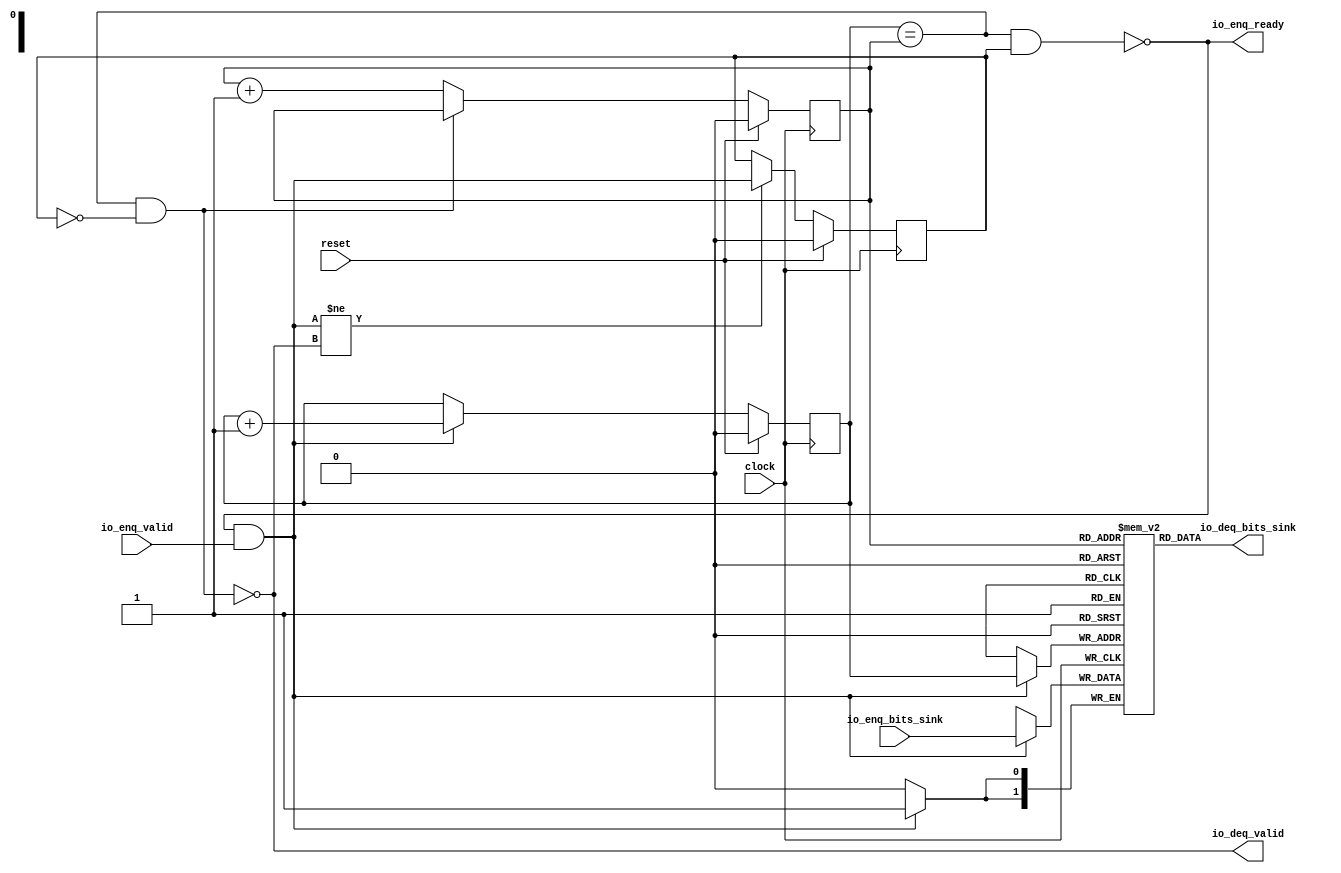
module Queue_37( // @[:freechips.rocketchip.system.DefaultRV32Config.fir@210307.2]
  input        clock, // @[:freechips.rocketchip.system.DefaultRV32Config.fir@210308.4]
  input        reset, // @[:freechips.rocketchip.system.DefaultRV32Config.fir@210309.4]
  output       io_enq_ready, // @[:freechips.rocketchip.system.DefaultRV32Config.fir@210310.4]
  input        io_enq_valid, // @[:freechips.rocketchip.system.DefaultRV32Config.fir@210310.4]
  input  [1:0] io_enq_bits_sink, // @[:freechips.rocketchip.system.DefaultRV32Config.fir@210310.4]
  output       io_deq_valid, // @[:freechips.rocketchip.system.DefaultRV32Config.fir@210310.4]
  output [1:0] io_deq_bits_sink // @[:freechips.rocketchip.system.DefaultRV32Config.fir@210310.4]
);
`ifdef RANDOMIZE_MEM_INIT
  reg [31:0] _RAND_0;
`endif // RANDOMIZE_MEM_INIT
`ifdef RANDOMIZE_REG_INIT
  reg [31:0] _RAND_1;
  reg [31:0] _RAND_2;
  reg [31:0] _RAND_3;
`endif // RANDOMIZE_REG_INIT
  reg [1:0] ram_sink [0:1]; // @[Decoupled.scala 209:16:freechips.rocketchip.system.DefaultRV32Config.fir@210312.4]
  wire [1:0] ram_sink__T_15_data; // @[Decoupled.scala 209:16:freechips.rocketchip.system.DefaultRV32Config.fir@210312.4]
  wire  ram_sink__T_15_addr; // @[Decoupled.scala 209:16:freechips.rocketchip.system.DefaultRV32Config.fir@210312.4]
  wire [1:0] ram_sink__T_5_data; // @[Decoupled.scala 209:16:freechips.rocketchip.system.DefaultRV32Config.fir@210312.4]
  wire  ram_sink__T_5_addr; // @[Decoupled.scala 209:16:freechips.rocketchip.system.DefaultRV32Config.fir@210312.4]
  wire  ram_sink__T_5_mask; // @[Decoupled.scala 209:16:freechips.rocketchip.system.DefaultRV32Config.fir@210312.4]
  wire  ram_sink__T_5_en; // @[Decoupled.scala 209:16:freechips.rocketchip.system.DefaultRV32Config.fir@210312.4]
  reg  _T; // @[Counter.scala 29:33:freechips.rocketchip.system.DefaultRV32Config.fir@210313.4]
  reg  _T_1; // @[Counter.scala 29:33:freechips.rocketchip.system.DefaultRV32Config.fir@210314.4]
  reg  maybe_full; // @[Decoupled.scala 212:27:freechips.rocketchip.system.DefaultRV32Config.fir@210315.4]
  wire  ptr_match; // @[Decoupled.scala 214:33:freechips.rocketchip.system.DefaultRV32Config.fir@210316.4]
  wire  _T_2; // @[Decoupled.scala 215:28:freechips.rocketchip.system.DefaultRV32Config.fir@210317.4]
  wire  empty; // @[Decoupled.scala 215:25:freechips.rocketchip.system.DefaultRV32Config.fir@210318.4]
  wire  full; // @[Decoupled.scala 216:24:freechips.rocketchip.system.DefaultRV32Config.fir@210319.4]
  wire  do_enq; // @[Decoupled.scala 40:37:freechips.rocketchip.system.DefaultRV32Config.fir@210320.4]
  wire  _T_8; // @[Counter.scala 39:22:freechips.rocketchip.system.DefaultRV32Config.fir@210331.6]
  wire  _T_11; // @[Counter.scala 39:22:freechips.rocketchip.system.DefaultRV32Config.fir@210337.6]
  wire  _T_12; // @[Decoupled.scala 227:16:freechips.rocketchip.system.DefaultRV32Config.fir@210340.4]
  assign ram_sink__T_15_addr = _T_1;
  assign ram_sink__T_15_data = ram_sink[ram_sink__T_15_addr]; // @[Decoupled.scala 209:16:freechips.rocketchip.system.DefaultRV32Config.fir@210312.4]
  assign ram_sink__T_5_data = io_enq_bits_sink;
  assign ram_sink__T_5_addr = _T;
  assign ram_sink__T_5_mask = 1'h1;
  assign ram_sink__T_5_en = io_enq_ready & io_enq_valid;
  assign ptr_match = _T == _T_1; // @[Decoupled.scala 214:33:freechips.rocketchip.system.DefaultRV32Config.fir@210316.4]
  assign _T_2 = ~maybe_full; // @[Decoupled.scala 215:28:freechips.rocketchip.system.DefaultRV32Config.fir@210317.4]
  assign empty = ptr_match & _T_2; // @[Decoupled.scala 215:25:freechips.rocketchip.system.DefaultRV32Config.fir@210318.4]
  assign full = ptr_match & maybe_full; // @[Decoupled.scala 216:24:freechips.rocketchip.system.DefaultRV32Config.fir@210319.4]
  assign do_enq = io_enq_ready & io_enq_valid; // @[Decoupled.scala 40:37:freechips.rocketchip.system.DefaultRV32Config.fir@210320.4]
  assign _T_8 = _T + 1'h1; // @[Counter.scala 39:22:freechips.rocketchip.system.DefaultRV32Config.fir@210331.6]
  assign _T_11 = _T_1 + 1'h1; // @[Counter.scala 39:22:freechips.rocketchip.system.DefaultRV32Config.fir@210337.6]
  assign _T_12 = do_enq != io_deq_valid; // @[Decoupled.scala 227:16:freechips.rocketchip.system.DefaultRV32Config.fir@210340.4]
  assign io_enq_ready = ~full; // @[Decoupled.scala 232:16:freechips.rocketchip.system.DefaultRV32Config.fir@210347.4]
  assign io_deq_valid = ~empty; // @[Decoupled.scala 231:16:freechips.rocketchip.system.DefaultRV32Config.fir@210345.4]
  assign io_deq_bits_sink = ram_sink__T_15_data; // @[Decoupled.scala 233:15:freechips.rocketchip.system.DefaultRV32Config.fir@210349.4]
`ifdef RANDOMIZE_GARBAGE_ASSIGN
`define RANDOMIZE
`endif
`ifdef RANDOMIZE_INVALID_ASSIGN
`define RANDOMIZE
`endif
`ifdef RANDOMIZE_REG_INIT
`define RANDOMIZE
`endif
`ifdef RANDOMIZE_MEM_INIT
`define RANDOMIZE
`endif
`ifndef RANDOM
`define RANDOM $random
`endif
`ifdef RANDOMIZE_MEM_INIT
  integer initvar;
`endif
`ifndef SYNTHESIS
`ifdef FIRRTL_BEFORE_INITIAL
`FIRRTL_BEFORE_INITIAL
`endif
initial begin
  `ifdef RANDOMIZE
    `ifdef INIT_RANDOM
      `INIT_RANDOM
    `endif
    `ifndef VERILATOR
      `ifdef RANDOMIZE_DELAY
        #`RANDOMIZE_DELAY begin end
      `else
        #0.002 begin end
      `endif
    `endif
`ifdef RANDOMIZE_MEM_INIT
  _RAND_0 = {1{`RANDOM}};
  for (initvar = 0; initvar < 2; initvar = initvar+1)
    ram_sink[initvar] = _RAND_0[1:0];
`endif // RANDOMIZE_MEM_INIT
`ifdef RANDOMIZE_REG_INIT
  _RAND_1 = {1{`RANDOM}};
  _T = _RAND_1[0:0];
  _RAND_2 = {1{`RANDOM}};
  _T_1 = _RAND_2[0:0];
  _RAND_3 = {1{`RANDOM}};
  maybe_full = _RAND_3[0:0];
`endif // RANDOMIZE_REG_INIT
  `endif // RANDOMIZE
end // initial
`ifdef FIRRTL_AFTER_INITIAL
`FIRRTL_AFTER_INITIAL
`endif
`endif // SYNTHESIS
  always @(posedge clock) begin
    if(ram_sink__T_5_en & ram_sink__T_5_mask) begin
      ram_sink[ram_sink__T_5_addr] <= ram_sink__T_5_data; // @[Decoupled.scala 209:16:freechips.rocketchip.system.DefaultRV32Config.fir@210312.4]
    end
    if (reset) begin
      _T <= 1'h0;
    end else if (do_enq) begin
      _T <= _T_8;
    end
    if (reset) begin
      _T_1 <= 1'h0;
    end else if (io_deq_valid) begin
      _T_1 <= _T_11;
    end
    if (reset) begin
      maybe_full <= 1'h0;
    end else if (_T_12) begin
      maybe_full <= do_enq;
    end
  end
endmodule